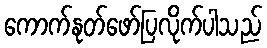
ကောက်နုတ်ဖော်ပြလိုက်ပါသည်